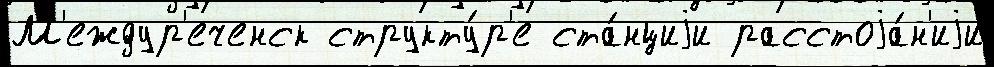
М'еждур'еченск структу́р'е ста́нциjи расстоjа́н'иjи